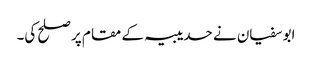
ابوسفیان نے حدیبیہ کے مقام پر صلح کی۔